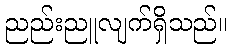
ညည်းညူလျက်ရှိသည်။